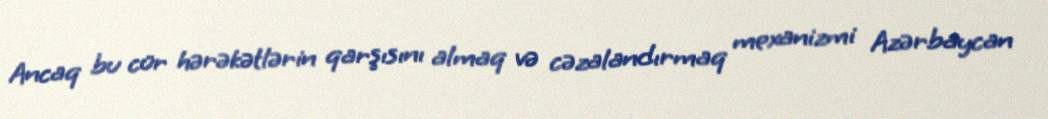
Ancaq bu cür hərəkətlərin qarşısını almaq və cəzalandırmaq mexanizmi Azərbaycan